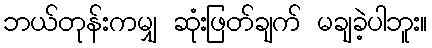
ဘယ်တုန်းကမျှ ဆုံးဖြတ်ချက် မချခဲ့ပါဘူး။